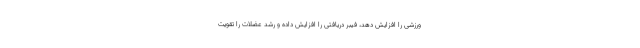
ورزشی را افزایش دهد، فیبر دریافتی را افزایش داده و رشد عضلات را تقویت